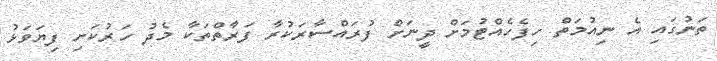
ތަނުގައި އެ ނިއުމަތް ހިފެހެއްޓުމަށް ދީނަށް ފުރައްސާރަކުރާ ފަރާތްތަކާ މެދު ހަރުކަށި ފިޔަވަޅު